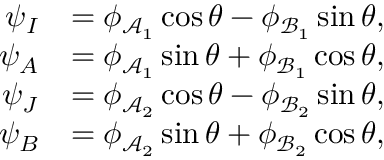
\begin{array} { r l } { \psi _ { I } } & { = \phi _ { \mathcal { A } _ { 1 } } \cos \theta - \phi _ { \mathcal { B } _ { 1 } } \sin \theta , } \\ { \psi _ { A } } & { = \phi _ { \mathcal { A } _ { 1 } } \sin \theta + \phi _ { \mathcal { B } _ { 1 } } \cos \theta , } \\ { \psi _ { J } } & { = \phi _ { \mathcal { A } _ { 2 } } \cos \theta - \phi _ { \mathcal { B } _ { 2 } } \sin \theta , } \\ { \psi _ { B } } & { = \phi _ { \mathcal { A } _ { 2 } } \sin \theta + \phi _ { \mathcal { B } _ { 2 } } \cos \theta , } \end{array}